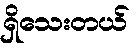
ရှိသေးတယ်